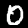
Label: 0